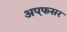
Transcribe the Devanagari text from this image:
अप़फसर